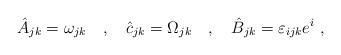
LaTeX: \begin{align*}\hat A_{jk} = \omega_{jk} \quad , \quad \hat c_{jk} = \Omega_{jk} \quad , \quad \hat B_{jk} = \varepsilon_{ijk} e^i \ ,\end{align*}